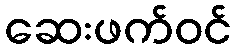
ဆေးဖက်ဝင်